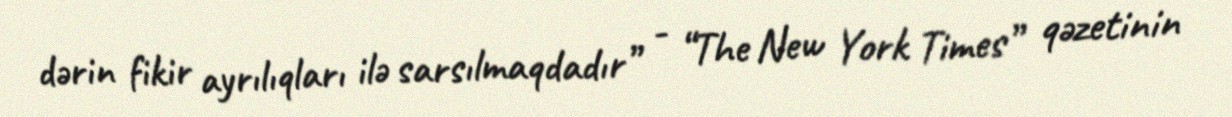
dərin fikir ayrılıqları ilə sarsılmaqdadır” - “The New York Times” qəzetinin